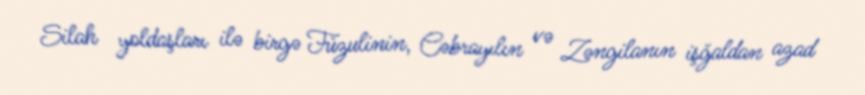
Silah yoldaşları ilə birgə Füzulinin, Cəbrayılın və Zəngilanın işğaldan azad